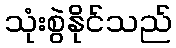
သုံးစွဲနိုင်သည်